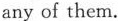
any of them.